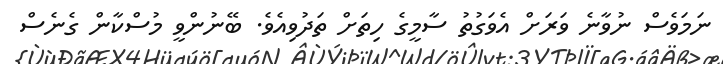
ނަމަވެސް ނުވާނެ ވަރަށް އެވަގުތު ސާމީގެ ހިތަށް ތަދުވިއެވެ. ބޭނުންވީ މުސްކާން ގެނެސް